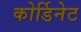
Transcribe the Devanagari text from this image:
कोर्डिनेट